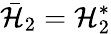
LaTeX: \bar{\cal H}_{2}={\cal H}_{2}^{*}